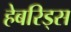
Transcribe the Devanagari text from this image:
हेबरिड्स